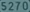
$2705